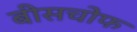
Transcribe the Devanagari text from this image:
बीसचोफ